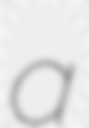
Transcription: a